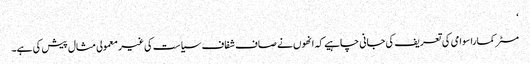
‘
مسٹر کماراسوامی کی تعریف کی جانی چاہیے کہ انھوں نے صاف شفاف سیاست کی غیر معمولی مثال پیش کی ہے۔